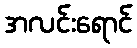
အလင်းရောင်